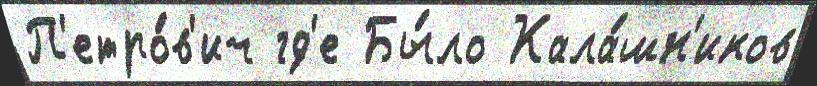
П'етро́в'ич гд'е Бы́ло Кала́шн'иков